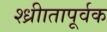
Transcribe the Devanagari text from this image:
श्ध्रीातापूर्वक